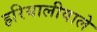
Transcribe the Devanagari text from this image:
हरियालीवाले